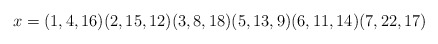
\begin{align*}x=(1,4,16)(2,15,12)(3,8,18)(5,13,9)(6,11,14)(7,22,17)\end{align*}